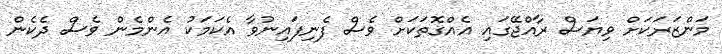
މަންޒަރަކަށް ވިޔަސް ރާއްޖޭގައި އެއްގޮތަކަށް ވެސް ފެނިފައިނުވާ އެކަމަކު އެންމެން ވެސް ދެކެން